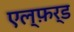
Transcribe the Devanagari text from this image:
एल्फ़र्ड